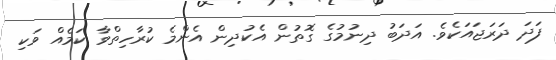
ފަދަ ދަރަޖައަކެވެ. އަދަބު ދިނުމުގެ ގޮތުން އެކުދިން އެންމެ ކުރާހިތްވާ ކަމެއް ވަކި